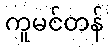
ကူမင်တန်